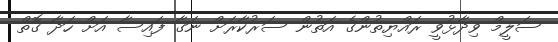
ސަލީމް ވިދާޅުވީ ރައްޔިތުންގެ އަތުން ސަރުކާރަށް ނަގާ ފައިސާ އަށް ހަދާ ގޮތް